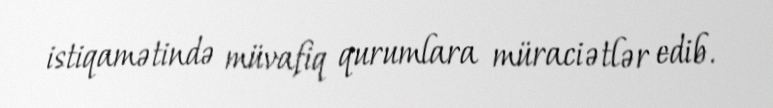
istiqamətində müvafiq qurumlara müraciətlər edib.